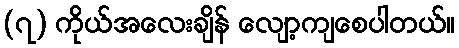
(၇) ကိုယ်အလေးချိန် လျော့ကျစေပါတယ်။